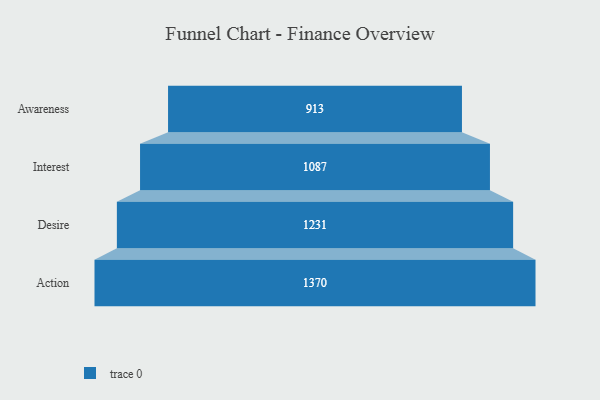
{"axis": {"x": "Stage", "y": "Value"}, "legend": [""], "data": [{"x": "Awareness", "y": 913.0, "type": ""}, {"x": "Interest", "y": 1087.0, "type": ""}, {"x": "Desire", "y": 1231.0, "type": ""}, {"x": "Action", "y": 1370.0, "type": ""}]}